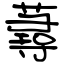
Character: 蕁